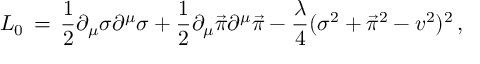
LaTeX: { \cal L } _ { 0 } \, = \, { \frac { 1 } { 2 } } \partial _ { \mu } \sigma \partial ^ { \mu } \sigma + { \frac { 1 } { 2 } } \partial _ { \mu } { \vec { \pi } } \partial ^ { \mu } { \vec { \pi } } - { \frac { \lambda } { 4 } } ( \sigma ^ { 2 } + { \vec { \pi } } ^ { 2 } - v ^ { 2 } ) ^ { 2 } \, ,